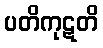
ပတိကုဋတိ